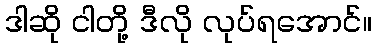
ဒါဆို ငါတို့ ဒီလို လုပ်ရအောင်။